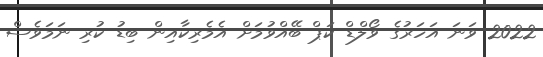
2022 ވަނަ އަހަރުގެ ވޯލްޑް ކަޕް ބޭއްވުމަށް އެމެރިކާއިން ބިޑު ކުރި ނަމަވެސް